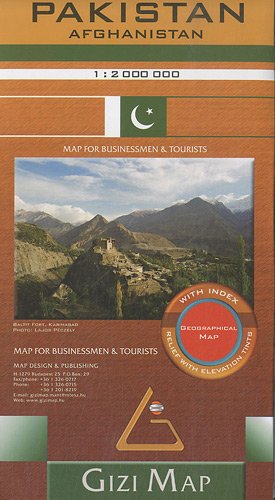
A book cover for Pakistan Gizi Travel Map 1:2,000,000 (English and French Edition); Gizi; Travel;